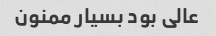
عالی بود بسیار ممنون